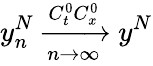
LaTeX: y_{n}^{N}\xrightarrow[n\rightarrow\infty]{C_{t}^{0}C_{x}^{0}}y^{N}